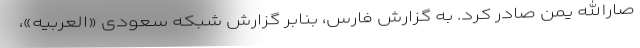
صارالله یمن صادر کرد. به گزارش فارس، بنابر گزارش شبکه سعودی «العربیه»،